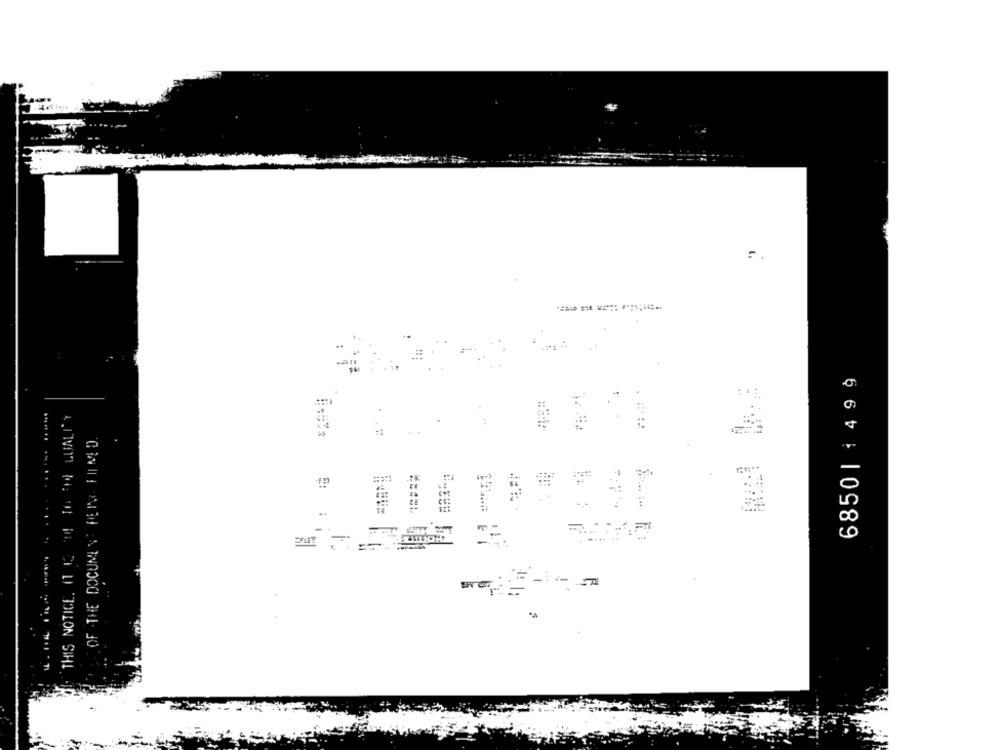
6850 | 1499
:٤٠
OF THE DOCUMENT RETRO FITMED.